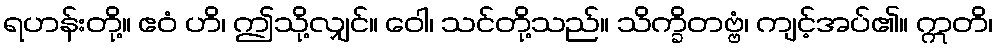
ရဟန်းတို့။ ဧဝံ ဟိ၊ ဤသို့လျှင်။ ဝေါ၊ သင်တို့သည်။ သိက္ခိတဗ္ဗံ၊ ကျင့်အပ်၏။ ဣတိ၊